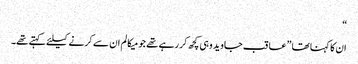
“
ان کا کہنا تھا ”عاقب جاوید وہی کچھ کر رہے تھے جو میکالم ان سے کرنے کیلئے کہتے تھے۔